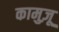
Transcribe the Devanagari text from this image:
कामुज़ू